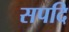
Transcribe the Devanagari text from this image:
सपदि